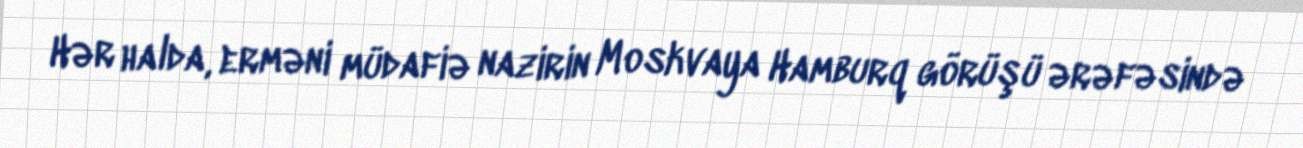
Hər halda, erməni müdafiə nazirin Moskvaya Hamburq görüşü ərəfəsində